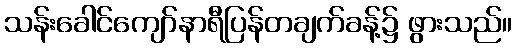
သန်းခေါင်ကျော်နာရီပြန်တချက်ခန့်၌ ဖွားသည်။